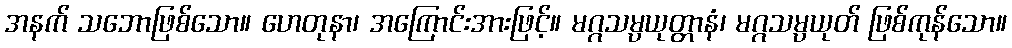
အနက် သဘောဖြစ်သော။ ဟေတုနာ၊ အကြောင်းအားဖြင့်။ မဂ္ဂသမ္ပယုတ္တာနံ၊ မဂ္ဂသမ္ပယုတ် ဖြစ်ကုန်သော။